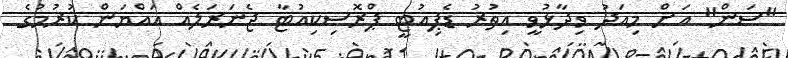
"ސަން" އަށް މިއަދު ވިދާޅުވީ އިތުރު ޑެޕިއުޓީ ޕްރޮސިކިއުޓާ ޖެނަރަލެއް އައްޔަން ކުރުމުގެ